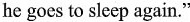
he goes to sleep again."